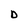
Character: D